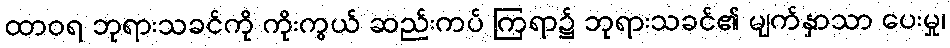
ထာဝရ ဘုရားသခင်ကို ကိုးကွယ် ဆည်းကပ် ကြရာ၌ ဘုရားသခင်၏ မျက်နှာသာ ပေးမှု၊